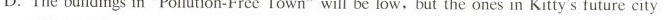
D.The buildings in "Pollution-Free Town"will be low, but the ones in Kitty's future city